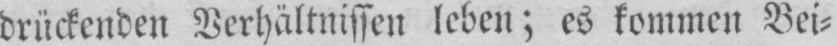
drückenden Verhältnissen leben; es kommen Bei⸗